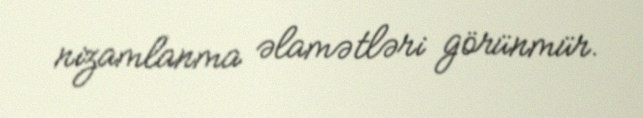
nizamlanma əlamətləri görünmür.